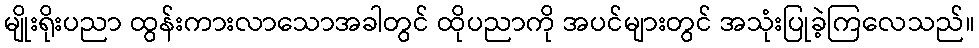
မျိုးရိုးပညာ ထွန်းကားလာသောအခါတွင် ထိုပညာကို အပင်များတွင် အသုံးပြုခဲ့ကြလေသည်။